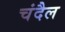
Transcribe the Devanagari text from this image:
चंदैल